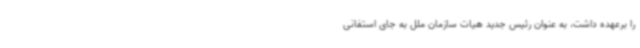
را برعهده داشت، به عنوان رئیس جدید هیات سازمان ملل به جای استفانی